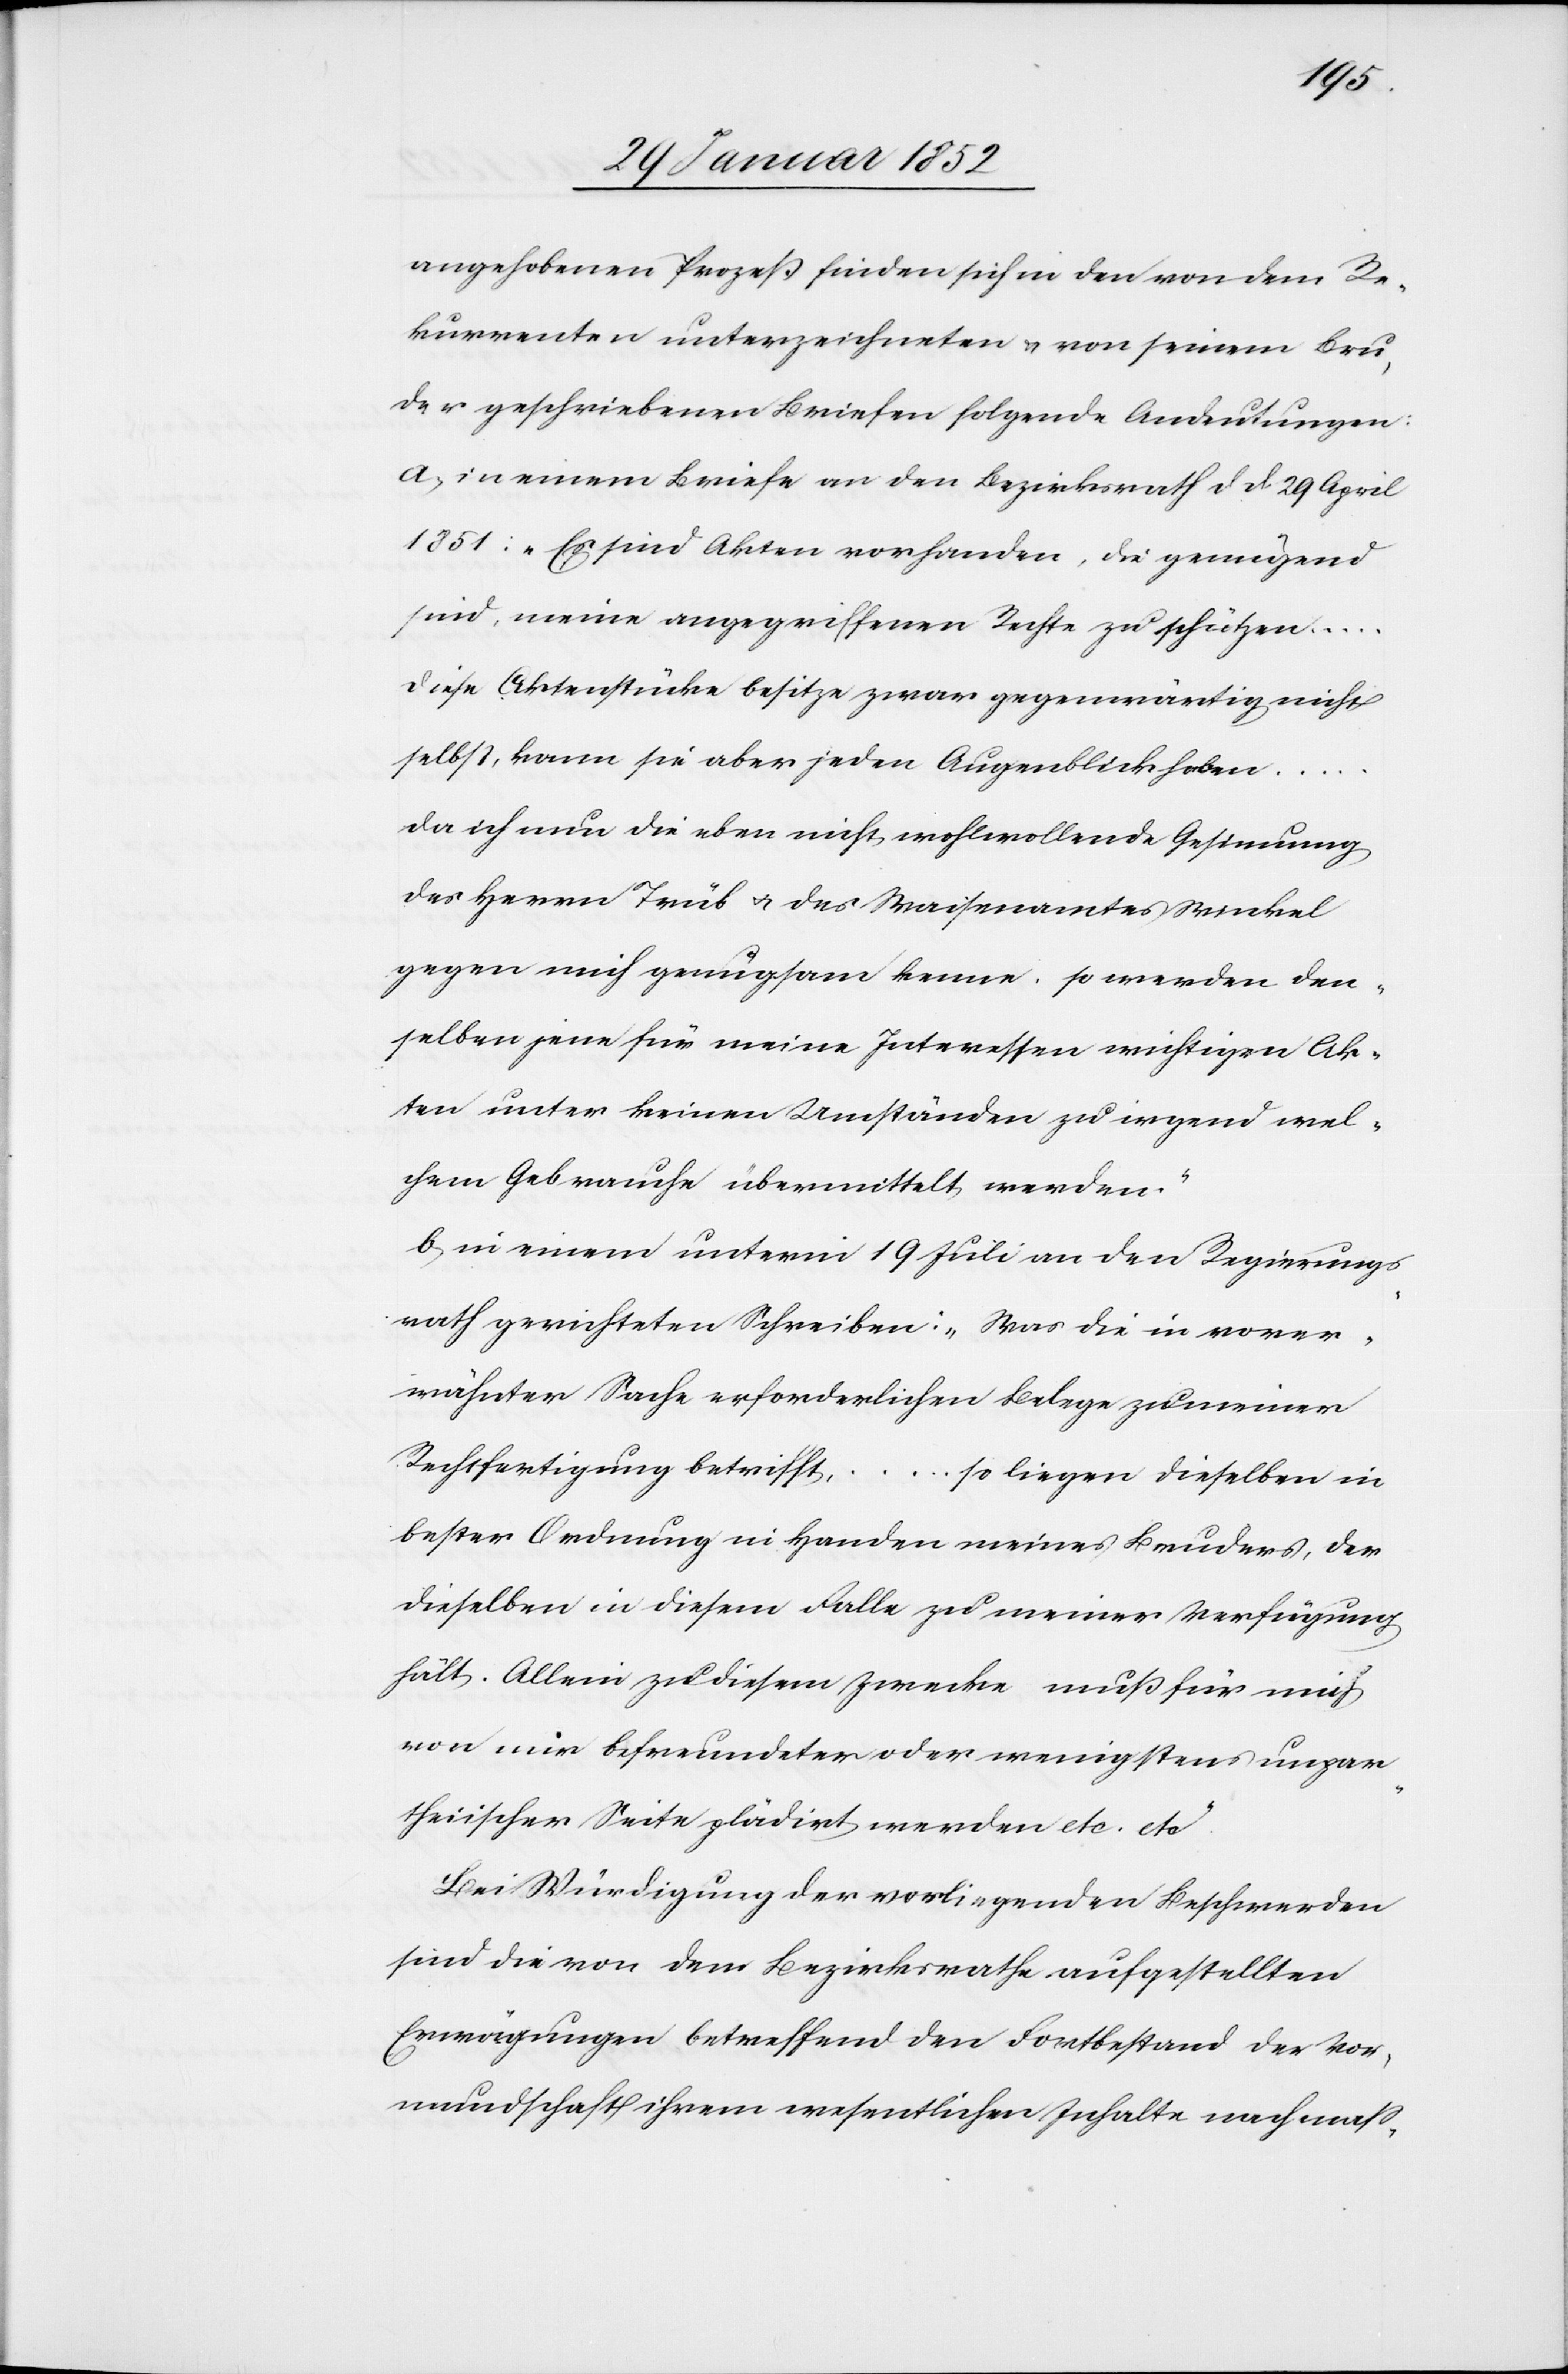
angehobenen Prozeß finden sich in den von dem Re¬
kurrenten unterzeichneten u. von seinem Bru¬
der geschriebenen Briefen folgende Andeutungen:
a) in einem Briefe an den Bezirksrath d. d. 29 April
1851: „Es sind Akten vorhanden, die genügend
sind, meine angegriffenen Rechte zu schützen…
diese Aktenstücke besitze zwar gegenwärtig nicht
selbst [sic!], kann sie aber jeden Augenblick haben…
da ich nun die eben nicht wohlwollende Gesinnung
des Herrn Trüb u. des Waisenamtes Winkel
gegen mich genugsam kenne, so werden den¬
selben jene für meine Interessen wichtigen Ak¬
ten unter keinen Umständen zu irgend wel¬
chem Gebrauche übermittelt werden.“
b) in einem unterm 19 Juli an den Regierungs¬
rath gerichteten Schreiben: „Was die in vorer¬
wähnter Sache erforderlichen Belege zu meiner
Rechtfertigung betrifft…
so liegen dieselben in
bester Ordnung in Handen meines Bruders, der
dieselben in diesem Falle zu meiner Verfügung
hält. Allein zu diesem Zwecke muß für mich
von mir befreundeter oder wenigstens unpar¬
theiischer Seite plädirt werden etc. etc“
Bei Würdigung der vorliegenden Beschwerden
sind die von dem Bezirksrathe aufgestellten
Erwägungen betreffend den Fortbestand der Vor¬
mundschaft ihrem wesentlichen Inhalte nach maß-